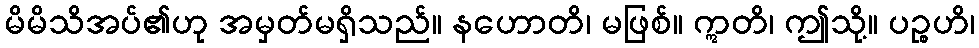
မိမိသိအပ်၏ဟု အမှတ်မရှိသည်။ နဟောတိ၊ မဖြစ်။ ဣတိ၊ ဤသို့။ ပဉ္စဟိ၊